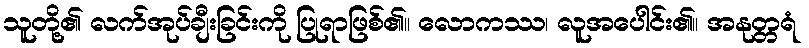
သူတို့၏ လက်အုပ်ချီးခြင်းကို ပြုရာဖြစ်၏။ လောကဿ၊ လူအပေါင်း၏။ အနုတ္တရံ